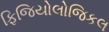
ફિજિયોલોજિકલ